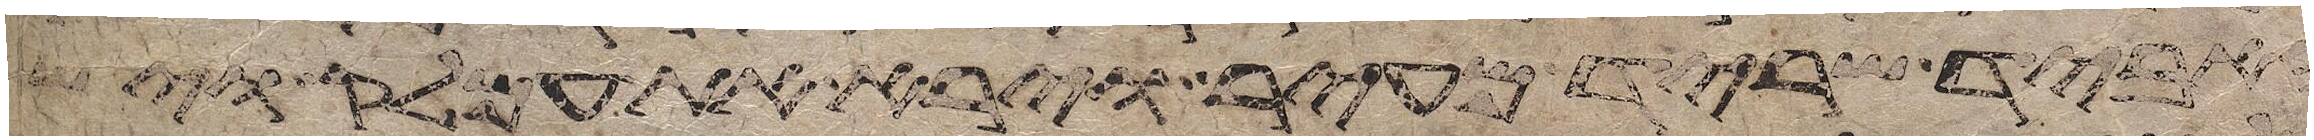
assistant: והאביד שריד מעיר וירא את עמלק וישא